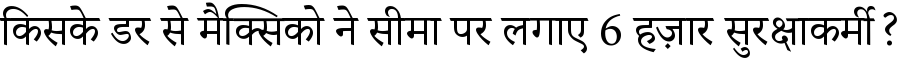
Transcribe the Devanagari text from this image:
किसके डर से मैक्सिको ने सीमा पर लगाए 6 हज़ार सुरक्षाकर्मी?